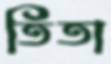
তিতা